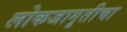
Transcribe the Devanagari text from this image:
लोकजागृतीचा